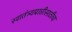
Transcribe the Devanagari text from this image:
स्वातंत्र्यप्राप्तीसाठीचा